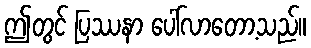
ဤတွင် ပြဿနာ ပေါ်လာတော့သည်။